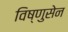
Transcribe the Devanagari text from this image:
विष्णुसेन